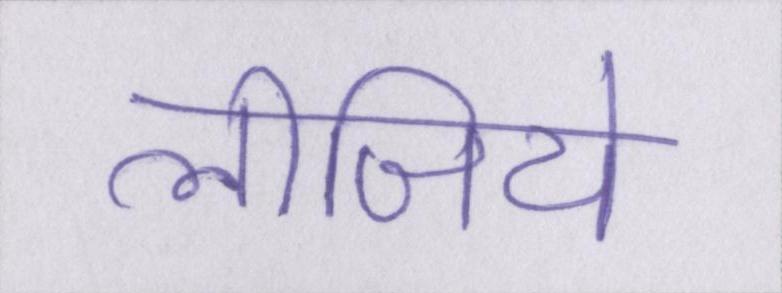
लीजिये